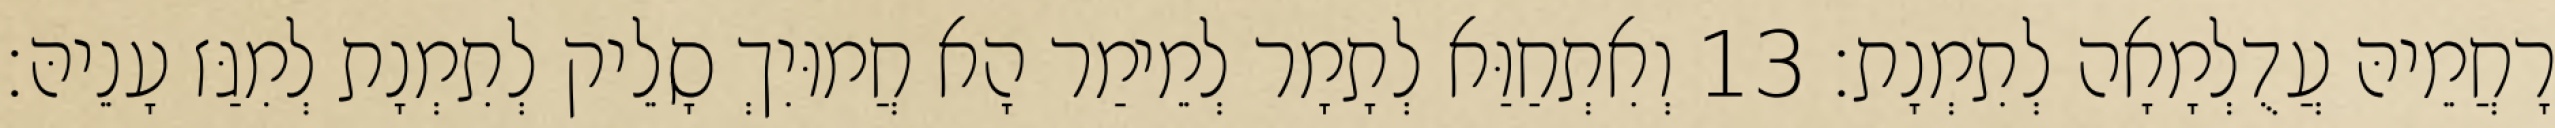
רָחֲמֵיהּ עֲדֻלְמָאָה לְתִמְנָת׃ 13 וְאִתְחַוַּא לְתָמָר לְמֵימַר הָא חֲמוּיִךְ סָלֵיק לְתִמְנָת לְמִגַּז עָנֵיהּ׃